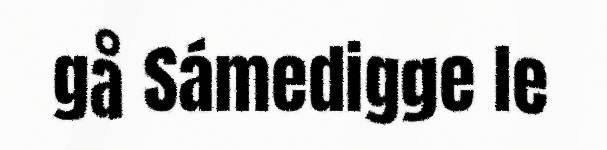
gå Sámedigge le